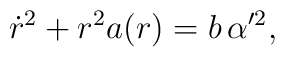
\dot{r}^2+r^2 a(r)=b\,\alpha'^2,